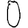
Digit: 0